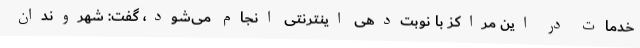
خدمات در این مراکز با نوبت‌دهی اینترنتی انجام می‌شود، گفت: شهروندان